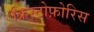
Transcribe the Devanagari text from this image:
क्रिस्टोफ़ोरिस